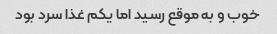
خوب و به موقع رسید اما یکم غذا سرد بود